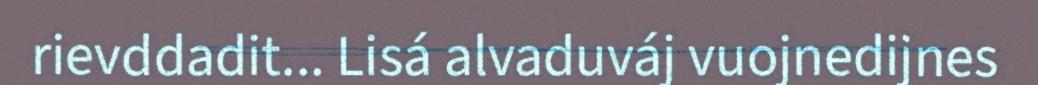
rievddadit... Lisá alvaduváj vuojnedijnes